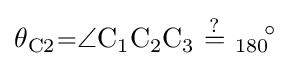
{\ce {\theta _{C2}=\angle C1C2C3\ {\overset {?}{=}}\ 180\!^{\circ }}}